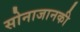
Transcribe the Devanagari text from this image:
सोनाजानकी